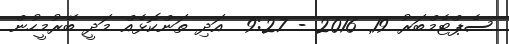
ސެޕްޓެމްބަރު 19